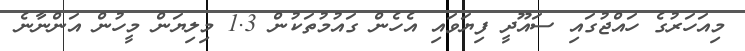
މިއަހަރުގެ ހައްޖުގައި ސައޫދީ ފިޔަވައި އެހެން ގައުމުތަކުން 1.3 މިލިޔަން މީހުން އަންނާނެ